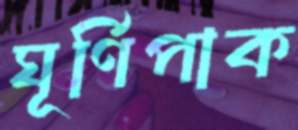
ঘূর্ণিপাক